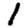
Digit: 1